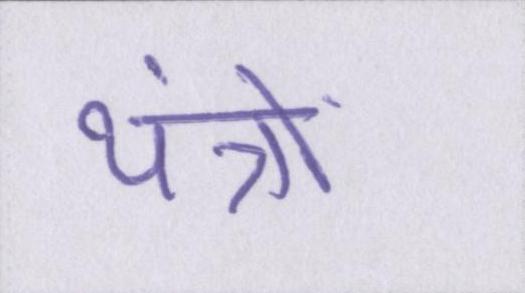
यंत्रों